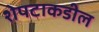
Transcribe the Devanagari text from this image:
शेपटाकडील